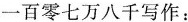
一百零七万八千写作：